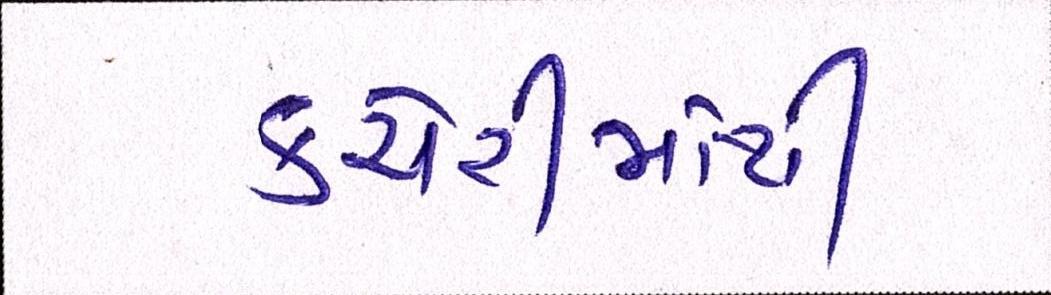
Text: કચેરીમાંથી